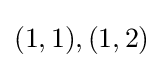
(1,1),(1,2)